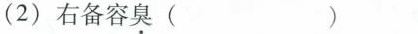
(2)右备容臭( )